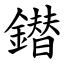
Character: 鐟